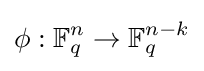
\phi :\mathbb {F} _{q}^{n}\to \mathbb {F} _{q}^{n-k}